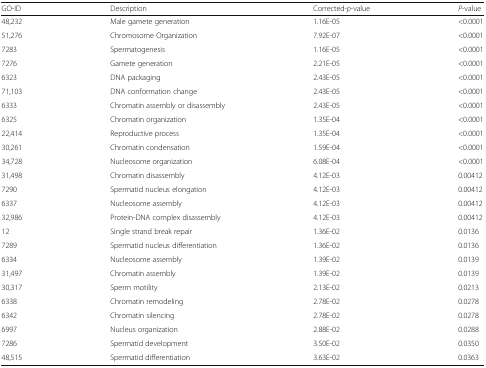
| GO-ID | Description | Corrected-p-value | P-value |
 | --- | --- | --- | --- |
 | 48,232 | Male gamete generation | 1.16E-05 | <0.0001 |
 | 51,276 | Chromosome Organization | 7.92E-07 | <0.0001 |
 | 7283 | Spermatogenesis | 1.16E-05 | <0.0001 |
 | 7276 | Gamete generation | 2.21E-05 | <0.0001 |
 | 6323 | DNA packaging | 2.43E-05 | <0.0001 |
 | 71,103 | DNA conformation change | 2.43E-05 | <0.0001 |
 | 6333 | Chromatin assembly or disassembly | 2.43E-05 | <0.0001 |
 | 6325 | Chromatin organization | 1.35E-04 | <0.0001 |
 | 22,414 | Reproductive process | 1.35E-04 | <0.0001 |
 | 30,261 | Chromatin condensation | 1.59E-04 | <0.0001 |
 | 34,728 | Nucleosome organization | 6.08E-04 | <0.0001 |
 | 31,498 | Chromatin disassembly | 4.12E-03 | 0.00412 |
 | 7290 | Spermatid nucleus elongation | 4.12E-03 | 0.00412 |
 | 6337 | Nucleosome assembly | 4.12E-03 | 0.00412 |
 | 32,986 | Protein-DNA complex disassembly | 4.12E-03 | 0.00412 |
 | 12 | Single strand break repair | 1.36E-02 | 0.0136 |
 | 7289 | Spermatid nucleus differentiation | 1.36E-02 | 0.0136 |
 | 6334 | Nucleosome assembly | 1.39E-02 | 0.0139 |
 | 31,497 | Chromatin assembly | 1.39E-02 | 0.0139 |
 | 30,317 | Sperm motility | 2.13E-02 | 0.0213 |
 | 6338 | Chromatin remodeling | 2.78E-02 | 0.0278 |
 | 6342 | Chromatin silencing | 2.78E-02 | 0.0278 |
 | 6997 | Nucleus organization | 2.88E-02 | 0.0288 |
 | 7286 | Spermatid development | 3.50E-02 | 0.0350 |
 | 48,515 | Spermatid differentiation | 3.63E-02 | 0.0363 |